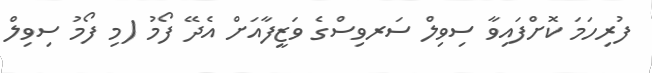
ފުރިހަމަ ކޮށްފައިވާ ސިވިލް ސަރވިސްގެ ވަޒީފާއަށް އެދޭ ފޯމު (މި ފޯމު ސިވިލް